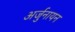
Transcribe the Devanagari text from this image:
अर्जुनायन